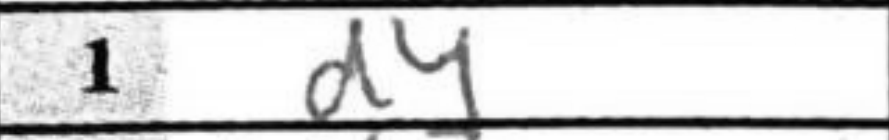
Transcription: d4